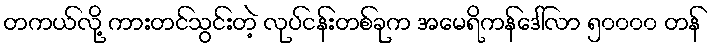
တကယ်လို့ ကားတင်သွင်းတဲ့ လုပ်ငန်းတစ်ခုက အမေရိကန်ဒေါ်လာ ၅၀၀၀၀ တန်